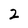
Character: 2